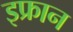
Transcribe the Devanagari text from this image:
इफ्रान